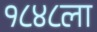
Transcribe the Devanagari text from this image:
१८४८ला